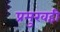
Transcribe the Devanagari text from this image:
प्रमुखही